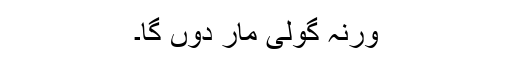
ورنہ گولی مار دوں گا۔